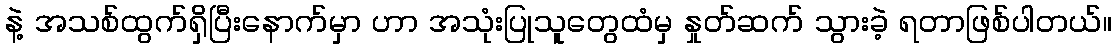
နဲ့ အသစ်ထွက်ရှိပြီးနောက်မှာ ဟာ အသုံးပြုသူတွေထံမှ နှုတ်ဆက် သွားခဲ့ ရတာဖြစ်ပါတယ်။